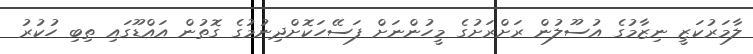
ލާމަރުކަޒީ ނިޒާމުގެ އުސޫލުން ރަށްރަށުގެ މީހުންނަށް ފަސޭހަކޮށްދިނުމުގެ ގޮތުން އައްޑޫގައި ތިބި ހުކުރު